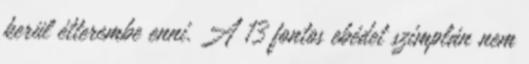
kerül étterembe enni. A 13 fontos ebédet szimplán nem